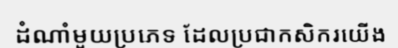
ដំណាំមួយប្រភេទ ដែលប្រជាកសិករយើង